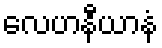
လေဟနီယာနံ